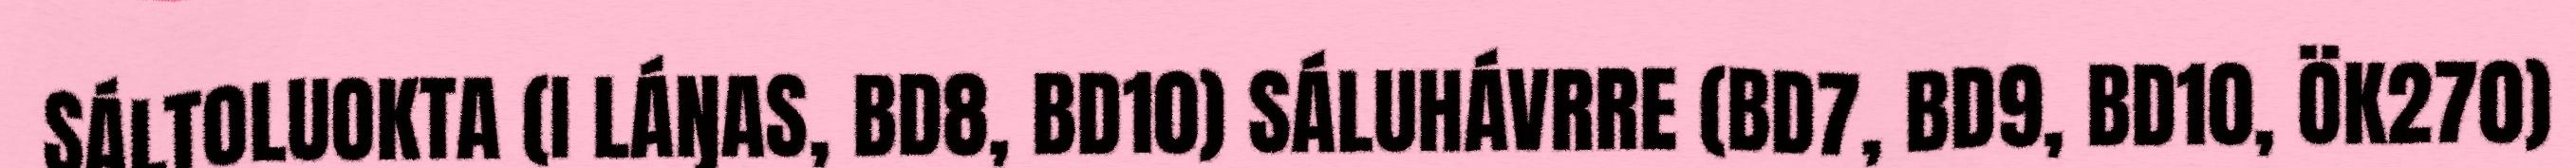
SÁLTOLUOKTA (I LÁŊAS, BD8, BD10) SÁLUHÁVRRE (BD7, BD9, BD10, ÖK270)